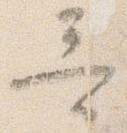
哥